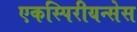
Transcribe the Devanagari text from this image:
एकस्पिरीयन्सेस